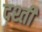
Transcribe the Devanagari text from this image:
दश्ती